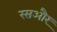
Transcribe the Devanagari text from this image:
रसऔर